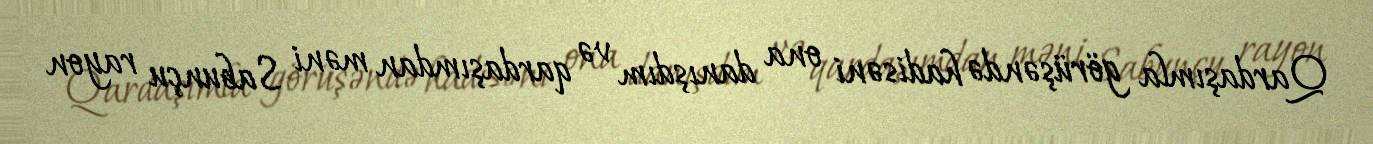
Qardaşımla görüşəndə hadisəni ona danışdım və qardaşımdan məni Sabunçu rayon